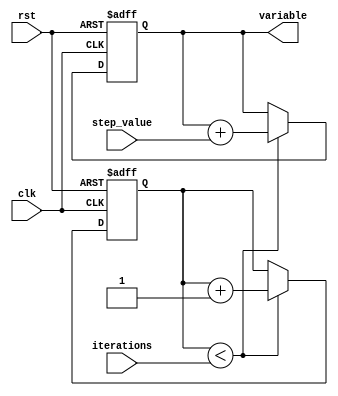
module Incremental_For_Loop (
    input clk,
    input rst,
    input [31:0] iterations,
    input [31:0] step_value,
    output reg [31:0] variable
);

reg [31:0] count;

always @(posedge clk or negedge rst) begin
    if (rst == 1'b0) begin
        count <= 0;
        variable <= 0;
    end
    else begin
        if (count < iterations) begin
            count <= count + 1;
            variable <= variable + step_value;
        end
    end
end

endmodule